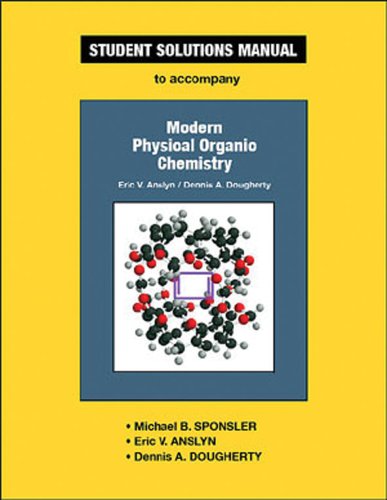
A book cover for Student Solutions Manual To Accompany Modern Physical Organic Chemistry; Michael B. Sponsler; Science & Math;